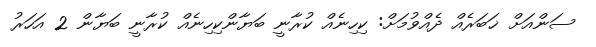
ސަންއަށް ޚަބަރެއް ދެއްވުމަށް: ކިހިނެއް ކުރާނީ ބަޔާންކިހިނެއް ކުރާނީ ބަޔާން 2 އަހަރު